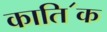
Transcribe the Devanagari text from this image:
काति॔क